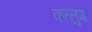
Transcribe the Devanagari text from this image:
कत्लुग